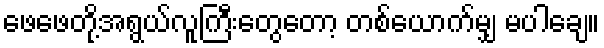
ဖေဖေတို့အရွယ်လူကြီးတွေတော့ တစ်ယောက်မျှ မပါချေ။